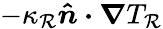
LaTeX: -\kappa_{\mathcal{R}}\boldsymbol{\hat{{n}}\cdot\nabla}T_{\mathcal{R}}